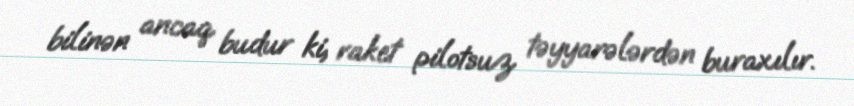
bilinən ancaq budur ki, raket pilotsuz təyyarələrdən buraxılır.